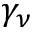
\gamma _ { \nu }